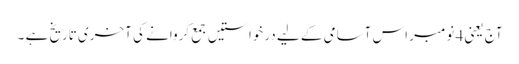
آج یعنی 4 نومبر اس آسامی کے لیے درخواستیں جمع کروانے کی آخری تاریخ ہے ۔